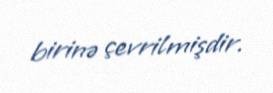
birinə çevrilmişdir.